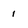
Character: 1